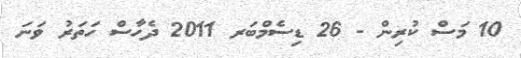
10 މަސް ކުރިން - 26 ޑިސެމްބަރ 2011 ދެހާސް ހަތަރު ވަނަ